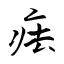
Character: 㾀